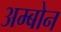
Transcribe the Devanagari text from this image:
अम्बोन